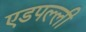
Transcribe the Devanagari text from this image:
एडपल्ली